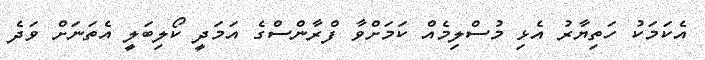
އެކަމަކު ހަތިޔާރު އެޅި މުސްލިމެއް ކަމަށްވާ ފްރާންސްގެ އަމަދީ ކޯލިބަލީ އެތަނަށް ވަދެ